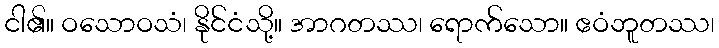
ငါ၏။ ဝသောဝသံ၊ နိုင်ငံသို့။ အာဂတဿ၊ ရောက်သော။ ဧဝံဘူတဿ၊